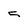
Character: 5